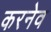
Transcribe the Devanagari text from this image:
करनेव